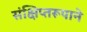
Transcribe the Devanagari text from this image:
संक्षिप्तरूपाने